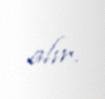
alır.